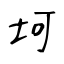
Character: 坷